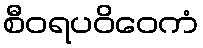
စီဝရပဝိဝေကံ